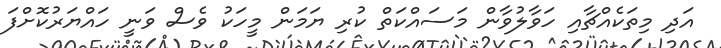
އަދި މިތަކެއްޗާއި ހަވާލުވާން މަސައްކަތް ކުރި ޔަމަން މީހަކު ވެސް ވަނީ ހައްޔަރުކޮށްފަ